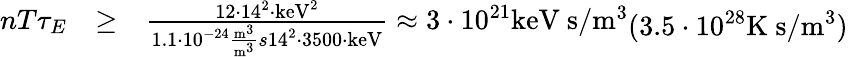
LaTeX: {\begin{array}{lll}{nT\tau_{E}}&{\geq}&{{\frac{12\cdot 14^{2}\cdot\mathrm{{keV}}^{2}}{1.1\cdot 10^{-24}{\frac{\mathrm{{m}}^{3}}{\mathrm{{m}}^{3}}{{s}}}14^{2}\cdot 3500\cdot\mathrm{{keV}}}}\approx 3\cdot 10^{21}{\mathrm{keV~s}}/{\mathrm{m}}^{3}}\end{array}}(3.5\cdot 10^{28}{\mathrm{K~s}}/{\mathrm{m}}^{3})